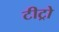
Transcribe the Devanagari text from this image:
टीट्रो